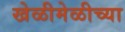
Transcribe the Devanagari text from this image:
खेळीमेळीच्या